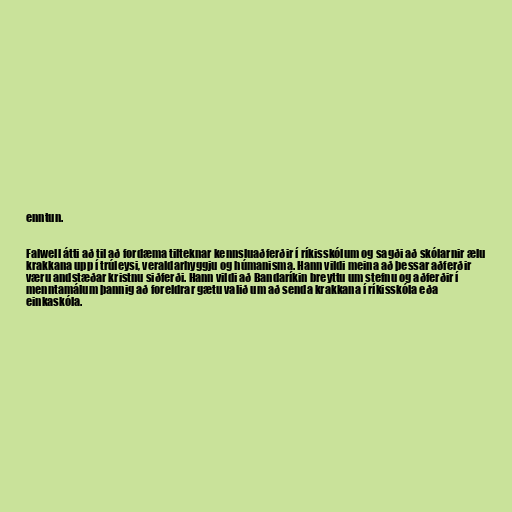
enntun.

Falwell átti að til að fordæma tilteknar kennsluaðferðir í ríkisskólum og sagði að skólarnir ælu
krakkana upp í trúleysi, veraldarhyggju og húmanisma. Hann vildi meina að þessar aðferðir
væru andstæðar kristnu siðferði. Hann vildi að Bandaríkin breyttu um stefnu og aðferðir í
menntamálum þannig að foreldrar gætu valið um að senda krakkana í ríkisskóla eða
einkaskóla.